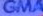
GMA